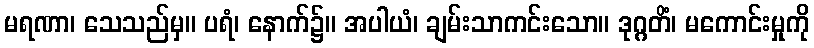
မရဏာ၊ သေသည်မှ။ ပရံ၊ နောက်၌။ အပါယံ၊ ချမ်းသာကင်းသော။ ဒုဂ္ဂတိံ၊ မကောင်းမှုကို